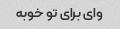
وای برای تو خوبه